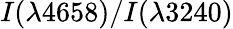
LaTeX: I(\lambda 4658)/I(\lambda 3240)